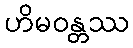
ဟိမဝန္တဿ